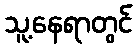
သူ့နေရာတွင်